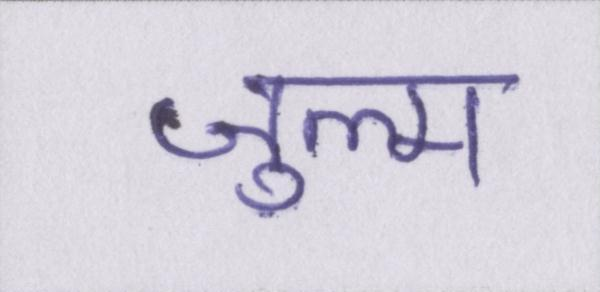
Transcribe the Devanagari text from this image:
ज़ुल्म